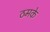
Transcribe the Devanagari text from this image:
ठमके